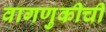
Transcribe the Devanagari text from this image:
वागणुकीची